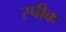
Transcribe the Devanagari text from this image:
स्‍पीक